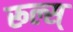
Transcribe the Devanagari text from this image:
रूल्स्